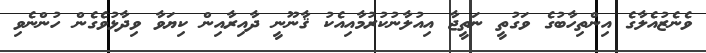
ވެނެޒުއެލާގެ އިންތިހާބުގެ ވަގުތީ ނަތީޖާ އިއުލާނުކުރުމާއިއެކު ޤާނޫނީ ދާއިރާއިން ކިޔަވާ ވިދާޅުވެގެން ހުންނެވި